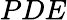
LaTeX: PDE